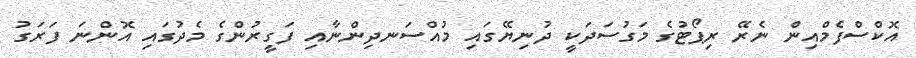
އޮކްސްފެމްއިން ނެރޭ ރިޕޯޓުގެ މަގުސަދަކީ ދުނިޔޭގައި މުއްސަނދިންނާއި ފަގީރުންގެ މެދުގައި އޮންނަ ފަރަގު